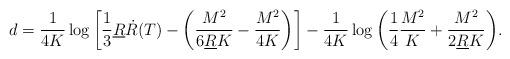
LaTeX: \begin{align*}d=\frac{1}{4K}\log\bigg[\frac{1}{3}\underline{R}\dot{R}(T)-\bigg(\frac{M^{2}}{6\underline{R}K}-\frac{M^{2}}{4K}\bigg)\bigg]-\frac{1}{4K}\log\bigg(\frac{1}{4}\frac{M^{2}}{K}+\frac{M^{2}}{2\underline{R}K} \bigg).\end{align*}